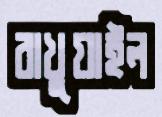
রাখুয়াইল